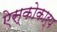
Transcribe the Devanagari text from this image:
ऐस्कोकार्प